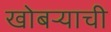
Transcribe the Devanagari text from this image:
खोबर्‍याची